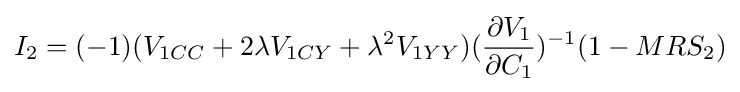
I_{2}=(-1)(V_{1CC}+2\lambda V_{1CY}+\lambda ^{2}V_{1YY})({\frac {\partial V_{1}}{\partial C_{1}}})^{-1}(1-MRS_{2})